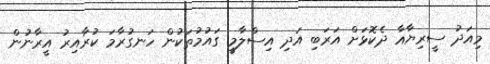
މިއަދު ސީރިޔާއާ ދެކޮޅަށް އަރަބި އަދި އިސްލާމީ ގައުމުތަކުން ހަނގުރާމަ ކުރާއިރު އީރާނުން